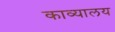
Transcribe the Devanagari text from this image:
काव्यालय